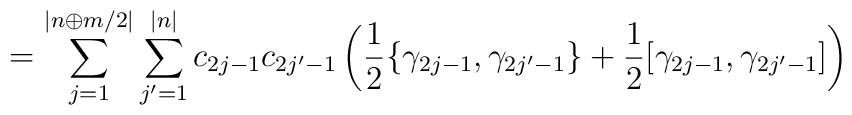
= \sum_{j=1}^{|n\oplus m/2|} \sum_{j^\prime = 1}^{|n|} c_{2j-1}c_{2j^\prime - 1} \left ( \frac{1}{2} \{ \gamma_{2j-1} ,  \gamma_{2j^\prime - 1} \} + \frac{1}{2} [ \gamma_{2j - 1},  \gamma_{2j^\prime - 1} ] \right )